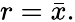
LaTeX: r={\bar{x}}.